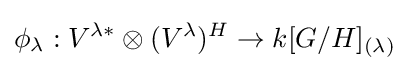
\phi _{\lambda }:V^{{\lambda }*}\otimes (V^{\lambda })^{H}\to k[G/H]_{(\lambda )}